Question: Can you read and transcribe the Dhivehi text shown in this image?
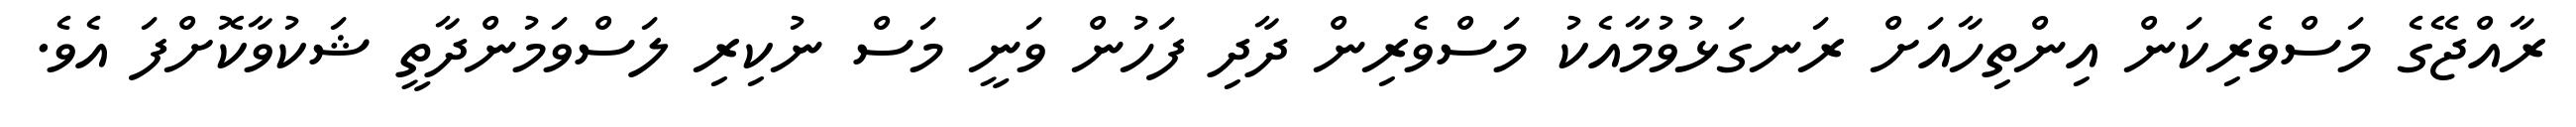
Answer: ރާއްޖޭގެ މަސްވެރިކަން އިންތިހާއަށް ރަނގަޅުވުމާއެކު މަސްވެރިން ދާދި ފަހުން ވަނީ މަސް ނުކިރި ލަސްވަމުންދާތީ ޝަކުވާކޮށްފަ އެވެ.